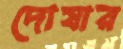
দোষার